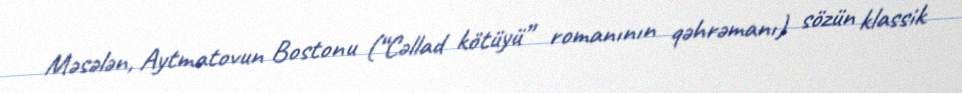
Məsələn, Aytmatovun Bostonu (“Cəllad kötüyü” romanının qəhrəmanı) sözün klassik